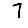
Digit: 7